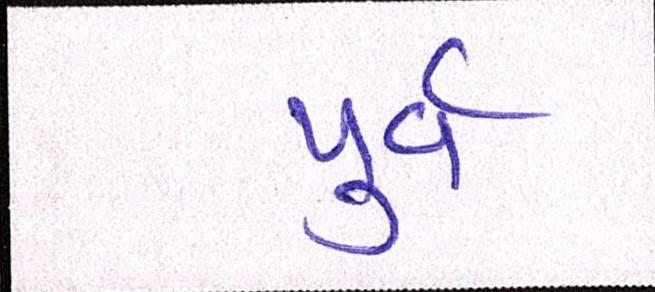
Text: પુર્વ